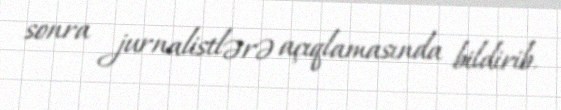
sonra jurnalistlərə açıqlamasında bildirib.